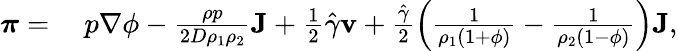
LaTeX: \begin{array}{rl}{\boldsymbol{\pi}=}&{{}~p\nabla\phi-\frac{\rho p}{2D\rho_{1}\rho_{2}}\mathbf{J}+\frac{1}{2}\hat{\gamma}\mathbf{v}+\frac{\hat{\gamma}}{2}\left(\frac{1}{\rho_{1}(1+\phi)}-\frac{1}{\rho_{2}(1-\phi)}\right)\mathbf{J},}\end{array}